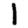
Digit: 1